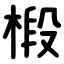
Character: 椴